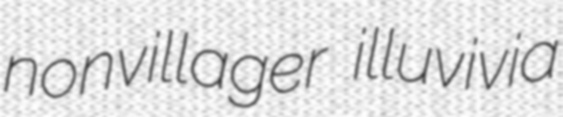
nonvillager illuvivia